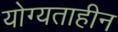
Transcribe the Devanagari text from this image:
योग्यताहीन